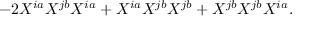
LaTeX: - 2 X ^ { i a } X ^ { j b } X ^ { i a } + X ^ { i a } X ^ { j b } X ^ { j b } + X ^ { j b } X ^ { j b } X ^ { i a } .